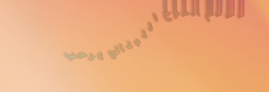
مطعم الفوخ اللبناني يرحب